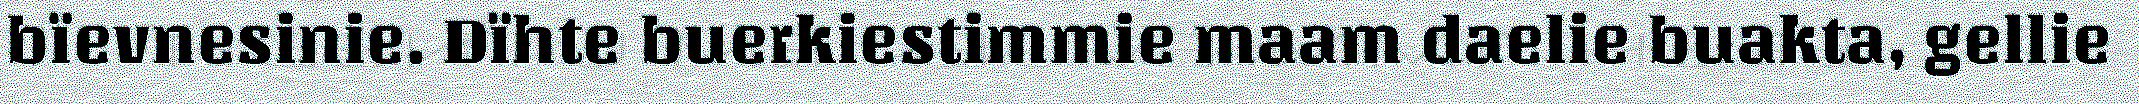
bïevnesinie. Dïhte buerkiestimmie maam daelie buakta, gellie